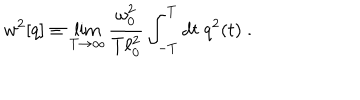
w ^ { 2 } [ q ] \equiv \lim _ { T \rightarrow \infty } { \frac { \omega _ { 0 } ^ { 2 } } { T \ell _ { 0 } ^ { 2 } } } \int _ { - T } ^ { T } d t \; q ^ { 2 } ( t ) \; .